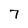
Character: 7